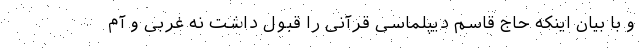
و با بیان اینکه حاج قاسم دیپلماسی قرآنی را قبول داشت نه غربی و آم